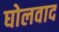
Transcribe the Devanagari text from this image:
घोलवाद